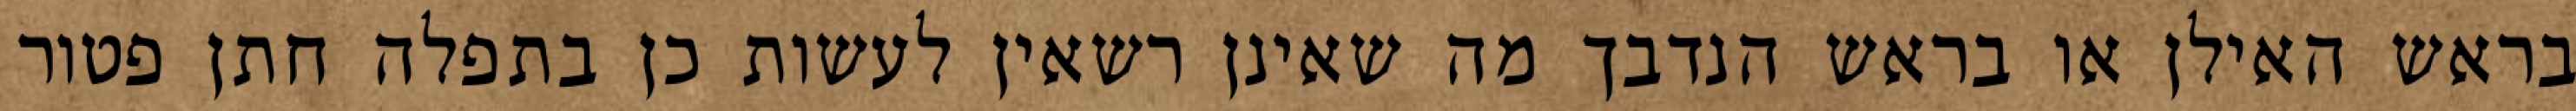
בראש האילן או בראש הנדבך מה שאינן רשאין לעשות כן בתפלה חתן פטור